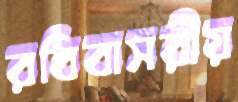
রবিবাসরীয়